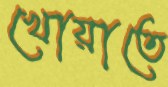
খোয়াতে